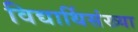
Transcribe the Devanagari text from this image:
विद्यार्थिसंख्या